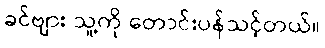
ခင်ဗျား သူ့ကို တောင်းပန်သင့်တယ်။